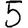
Digit: 5